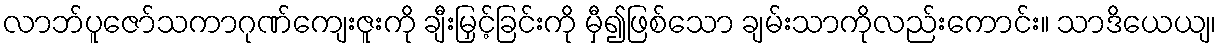
လာဘ်ပူဇော်သကာဂုဏ်ကျေးဇူးကို ချီးမြှင့်ခြင်းကို မှီ၍ဖြစ်သော ချမ်းသာကိုလည်းကောင်း။ သာဒိယေယျ၊